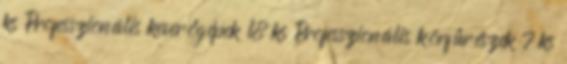
ks Professzionális keverőgépek 18 ks Professzionális körfűrészek 7 ks